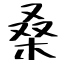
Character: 桑